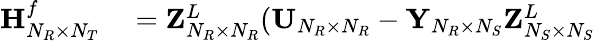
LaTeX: \begin{array}{rl}{{\mathbf{H}}_{N_{R}\times N_{T}}^{f}}&{{}={\mathbf{Z}}_{N_{R}\times N_{R}}^{L}({\mathbf{U}}_{N_{R}\times N_{R}}-{\mathbf{Y}}_{N_{R}\times N_{S}}{\mathbf{Z}}_{N_{S}\times N_{S}}^{L}}\end{array}